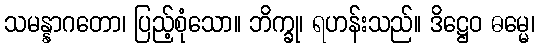
သမန္နာဂတော၊ ပြည့်စုံသော။ ဘိက္ခု၊ ရဟန်းသည်။ ဒိဋ္ဌေဝ ဓမ္မေ၊